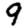
Digit: 9